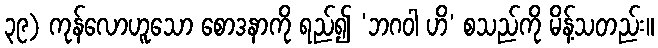
၃၉) ကုန်လောဟူသော စောဒနာကို ရည်၍ ‘ဘဂဝါ ဟိ’ စသည်ကို မိန့်သတည်း။